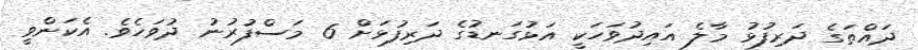
ދައްތަގެ ދަރިފުޅު މާލެ އައިދުވަހަކީ އަޅުގަނޑުގެ ދަރިފުޅަށް 6 މަސްފުރުނު ދުވަހެވެ. އެކަންވީ